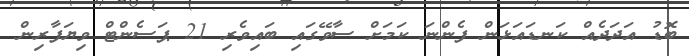
ބޮޑު އަދަދެއް ކަނޑައަޅަން ފެންނަ ކަމަށް ސާވޭގައި ބައިވެރި 21 ޕަސެންޓް ވިޔަފާރިން